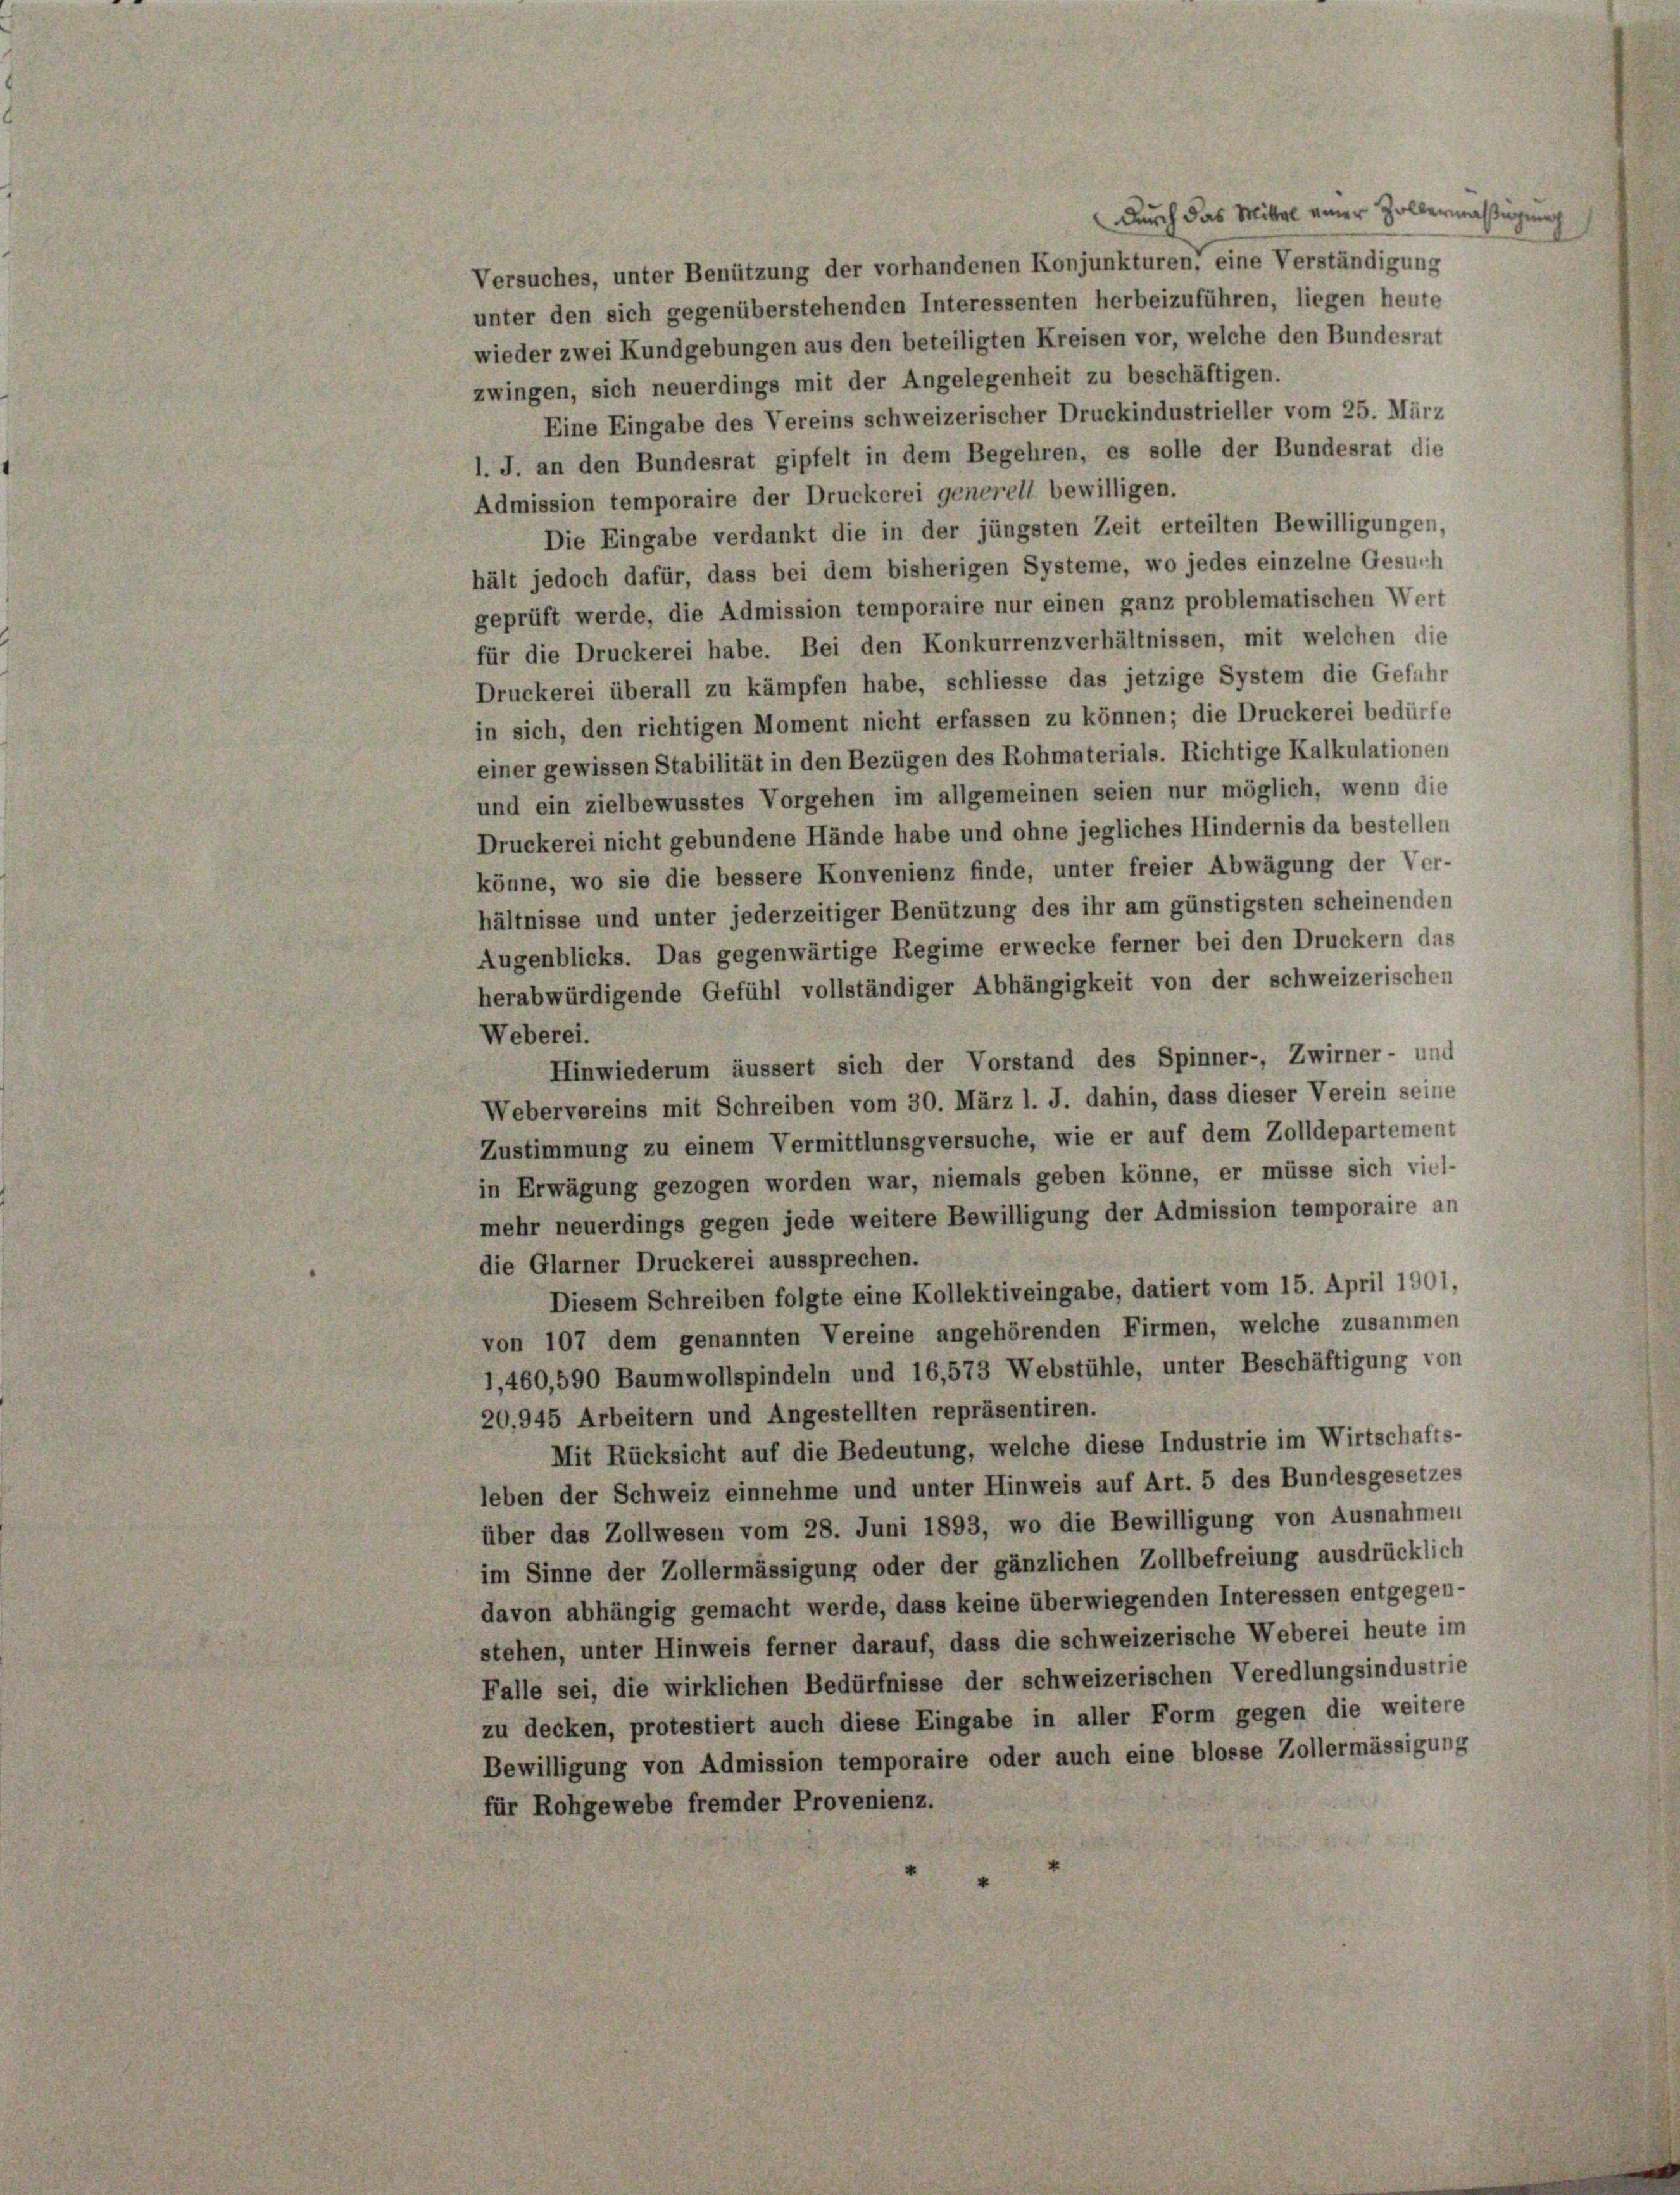
Durch das Mittal einer Zollermäßigung
Versuches, unter Benützung der vorhandenen Konjunkturen, eine Verständigung
unter den sich gegenüberstehenden Interessenten herbeizuführen, liegen heute
wieder zwei Kundgebungen aus den beteiligten Kreisen vor, welche den Bundesrat
zwingen, sich neuerdings mit der Angelegenheit zu beschäftigen.
Eine Eingabe des Vereins schweizerischer Druckindustrieller vom 25. März
l. J. an den Bundesrat gipfelt in dem Begehren, es solle der Bundesrat die
Admission temporaire der Druckerei generell bewilligen.
Die Eingabe verdankt die in der jüngsten Zeit erteilten Bewilligungen,
hält jedoch dafür, dass bei dem bisherigen Systeme, wo jedes einzelne Gesuch
geprüft werde, die Admission temporaire nur einen ganz problematischen Wert
für die Druckerei habe. Bei den Konkurrenzverhältnissen, mit welchen die
Druckerei überall zu kämpfen habe, schliesse das jetzige System die Geführ
in sich, den richtigen Moment nicht erfassen zu können; die Druckerei bedürfe
einer gewissen Stabilität in den Bezügen des Rohmaterials. Richtige Kalkulationen
und ein zielbewusstes Vorgehen im allgemeinen seien nur möglich, wenn die
Druckerei nicht gebundene Hände habe und ohne jegliches Hindernis da bestellen
könne, wo sie die bessere Konvenienz finde, unter freier Abwägung der Ver-
hältnisse und unter jederzeitiger Benützung des ihr am günstigsten scheinenden
Augenblicks. Das gegenwärtige Regime erwecke ferner bei den Druckern das
herabwürdigende Gefühl vollständiger Abhängigkeit von der schweizerischen
Weberei.
Hinwiederum äussert sich der Vorstand des Spinner-, Zwirner- und
Webervereins mit Schreiben vom 30. März l. J. dahin, dass dieser Verein seine
Zustimmung zu einem Vermittlunsgversuche, wie er auf dem Zolldepartement
in Erwägung gezogen worden war, niemals geben könne, er müsse sich viel-
mehr neuerdings gegen jede weitere Bewilligung der Admission temporaire an
die Glarner Druckerei aussprechen.
Diesem Schreiben folgte eine Kollektiveingabe, datiert vom 15. April 1901.
von 107 dem genannten Vereine angehörenden Firmen, welche zusammen
1,460,590 Baumwollspindeln und 16,573 Webstühle, unter Beschäftigung von
20.945 Arbeitern und Angestellten repräsentiren.
Mit Rücksicht auf die Bedeutung, welche diese Industrie im Wirtschafts-
leben der Schweiz einnehme und unter Hinweis auf Art. 5 des Bundesgesetzes
über das Zollwesen vom 28. Juni 1893, wo die Bewilligung von Ausnahmen
im Sinne der Zollermässigung oder der gänzlichen Zollbefreiung ausdrücklich
davon abhängig gemacht werde, dass keine überwiegenden Interessen entgegen-
stehen, unter Hinweis ferner darauf, dass die schweizerische Weberei heute im
Falle sei, die wirklichen Bedürfnisse der schweizerischen Veredlungsindustrie
zu decken, protestiert auch diese Eingabe in aller Form gegen die weitere
Bewilligung von Admission temporaire oder auch eine blosse Zollermässigung
für Rohgewebe fremder Provenienz.